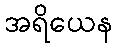
အရိယေန